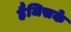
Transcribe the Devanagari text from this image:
हैजिसके